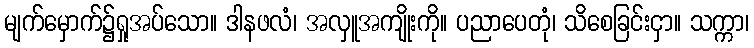
မျက်မှောက်၌ရှုအပ်သော။ ဒါနဖလံ၊ အလှူအကျိုးကို။ ပညာပေတုံ၊ သိစေခြင်းငှာ။ သက္ကာ၊